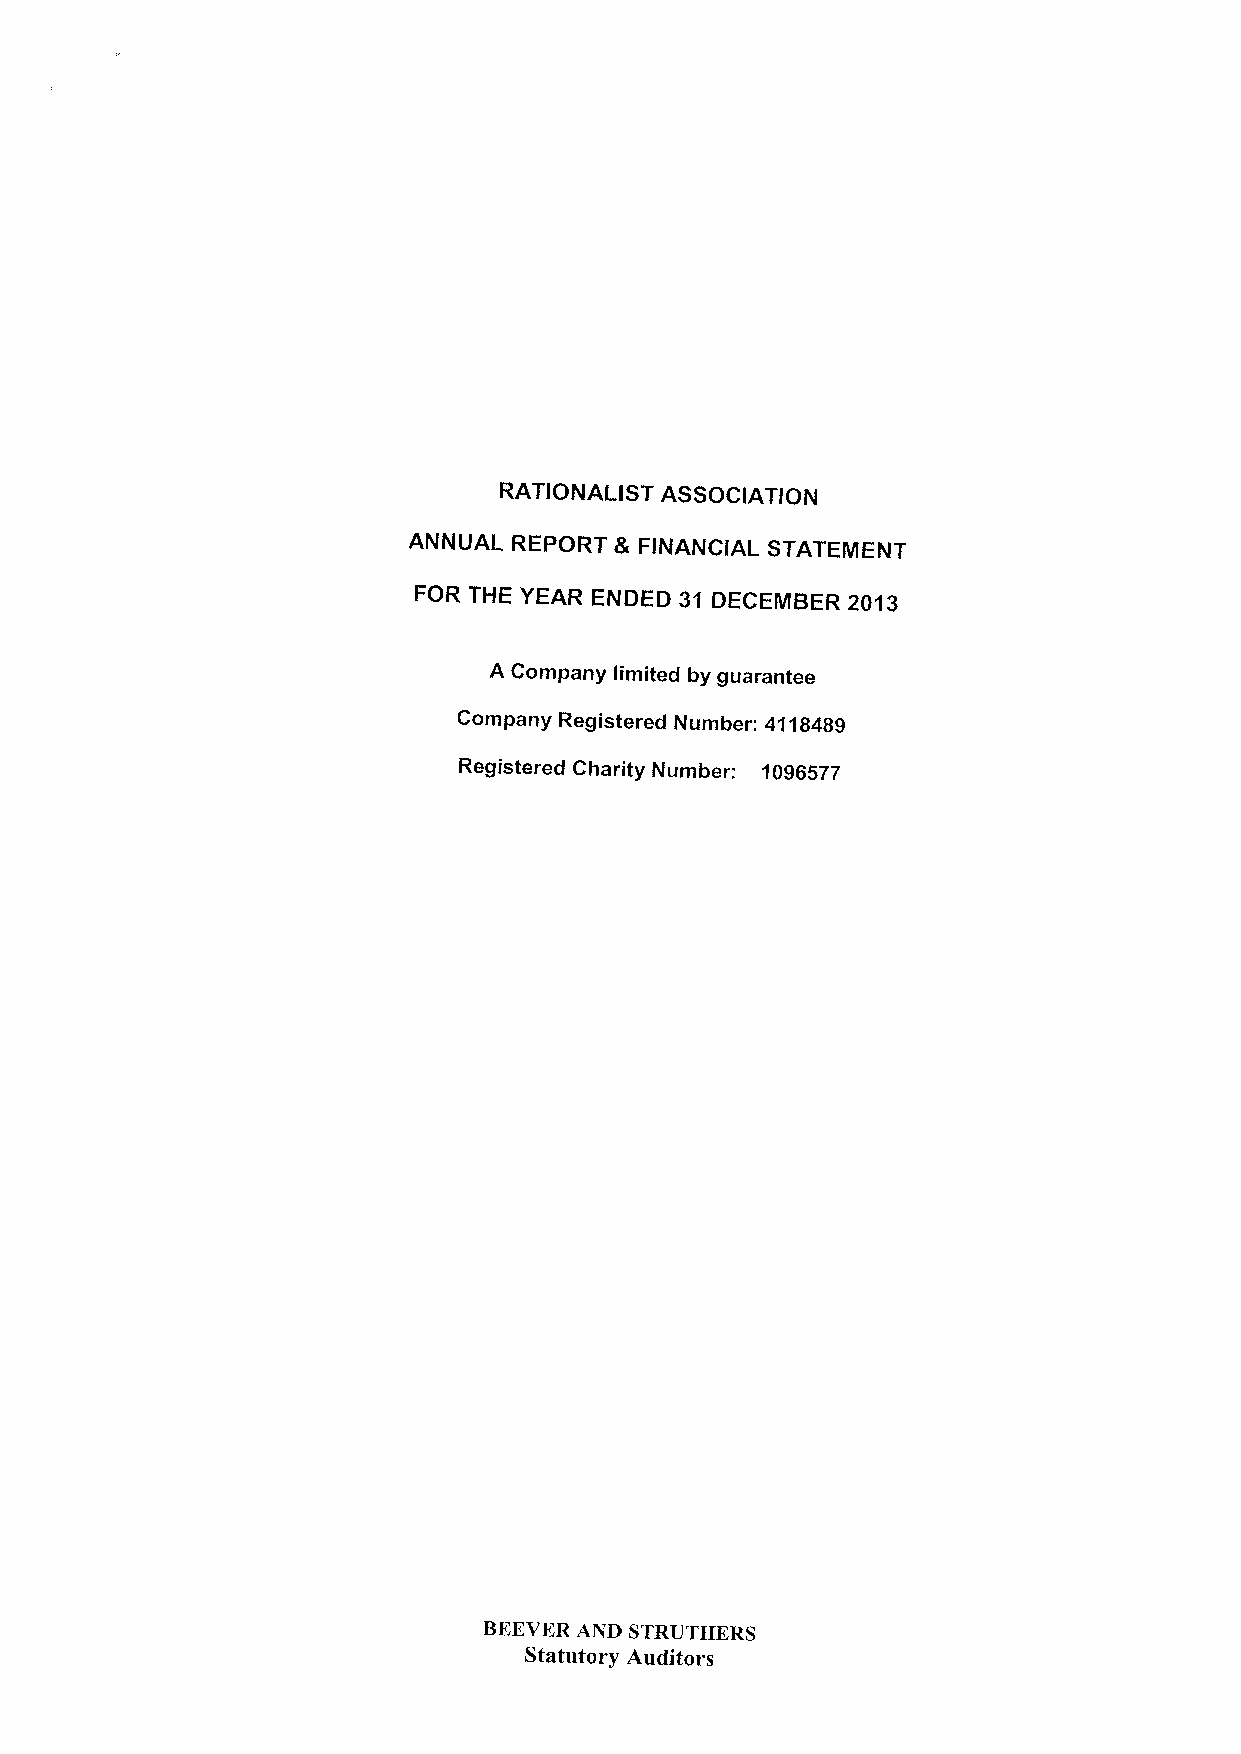
RATIONALIST ASSOCIATION
 ANNUAL REPORT 8 FINANCIAL STATEMENT
 FOR THE YEAR ENDED 31 DECEMBER 2013
 A Company limited by guarantee
 Company Registered Number: 4118489
 Registered Charity Number: 1096577
 BEEVERAND STRUTHERS
 Statutory Auditors